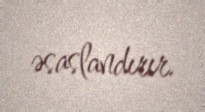
əsaslandırır.